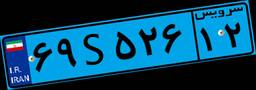
۶۹S۵۲۶۱۲